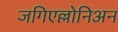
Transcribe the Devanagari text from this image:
जगिएल्लोनिअन